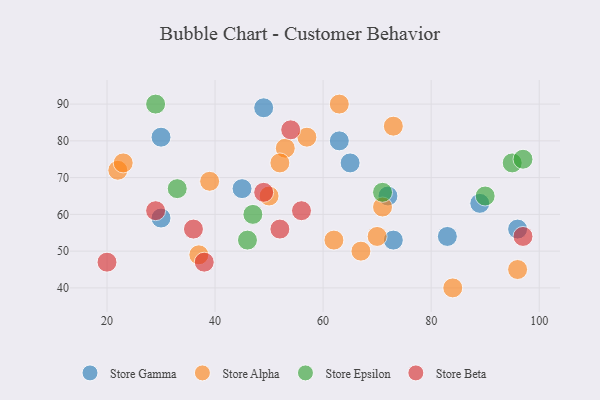
{"axis": {"x": "GDP", "y": "Life Expectancy"}, "legend": ["Store Alpha", "Store Beta", "Store Epsilon", "Store Gamma"], "data": [{"x": "72", "y": 65, "type": "Store Gamma"}, {"x": "49", "y": 89, "type": "Store Gamma"}, {"x": "89", "y": 63, "type": "Store Gamma"}, {"x": "30", "y": 59, "type": "Store Gamma"}, {"x": "45", "y": 67, "type": "Store Gamma"}, {"x": "65", "y": 74, "type": "Store Gamma"}, {"x": "96", "y": 56, "type": "Store Gamma"}, {"x": "83", "y": 54, "type": "Store Gamma"}, {"x": "30", "y": 81, "type": "Store Gamma"}, {"x": "73", "y": 53, "type": "Store Gamma"}, {"x": "63", "y": 80, "type": "Store Gamma"}, {"x": "57", "y": 81, "type": "Store Alpha"}, {"x": "96", "y": 45, "type": "Store Alpha"}, {"x": "63", "y": 90, "type": "Store Alpha"}, {"x": "22", "y": 72, "type": "Store Alpha"}, {"x": "73", "y": 84, "type": "Store Alpha"}, {"x": "37", "y": 49, "type": "Store Alpha"}, {"x": "53", "y": 78, "type": "Store Alpha"}, {"x": "39", "y": 69, "type": "Store Alpha"}, {"x": "52", "y": 74, "type": "Store Alpha"}, {"x": "23", "y": 74, "type": "Store Alpha"}, {"x": "71", "y": 62, "type": "Store Alpha"}, {"x": "50", "y": 65, "type": "Store Alpha"}, {"x": "84", "y": 40, "type": "Store Alpha"}, {"x": "67", "y": 50, "type": "Store Alpha"}, {"x": "62", "y": 53, "type": "Store Alpha"}, {"x": "70", "y": 54, "type": "Store Alpha"}, {"x": "46", "y": 53, "type": "Store Epsilon"}, {"x": "71", "y": 66, "type": "Store Epsilon"}, {"x": "29", "y": 90, "type": "Store Epsilon"}, {"x": "95", "y": 74, "type": "Store Epsilon"}, {"x": "97", "y": 75, "type": "Store Epsilon"}, {"x": "33", "y": 67, "type": "Store Epsilon"}, {"x": "90", "y": 65, "type": "Store Epsilon"}, {"x": "47", "y": 60, "type": "Store Epsilon"}, {"x": "97", "y": 54, "type": "Store Beta"}, {"x": "52", "y": 56, "type": "Store Beta"}, {"x": "29", "y": 61, "type": "Store Beta"}, {"x": "49", "y": 66, "type": "Store Beta"}, {"x": "54", "y": 83, "type": "Store Beta"}, {"x": "56", "y": 61, "type": "Store Beta"}, {"x": "36", "y": 56, "type": "Store Beta"}, {"x": "20", "y": 47, "type": "Store Beta"}, {"x": "38", "y": 47, "type": "Store Beta"}]}